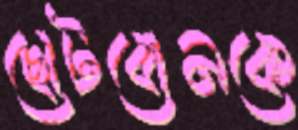
ছোটবোনকে